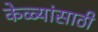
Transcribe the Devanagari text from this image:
केळ्यांसाठी